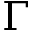
\Gamma